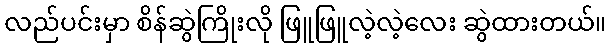
လည်ပင်းမှာ စိန်ဆွဲကြိုးလို ဖြူဖြူလဲ့လဲ့လေး ဆွဲထားတယ်။